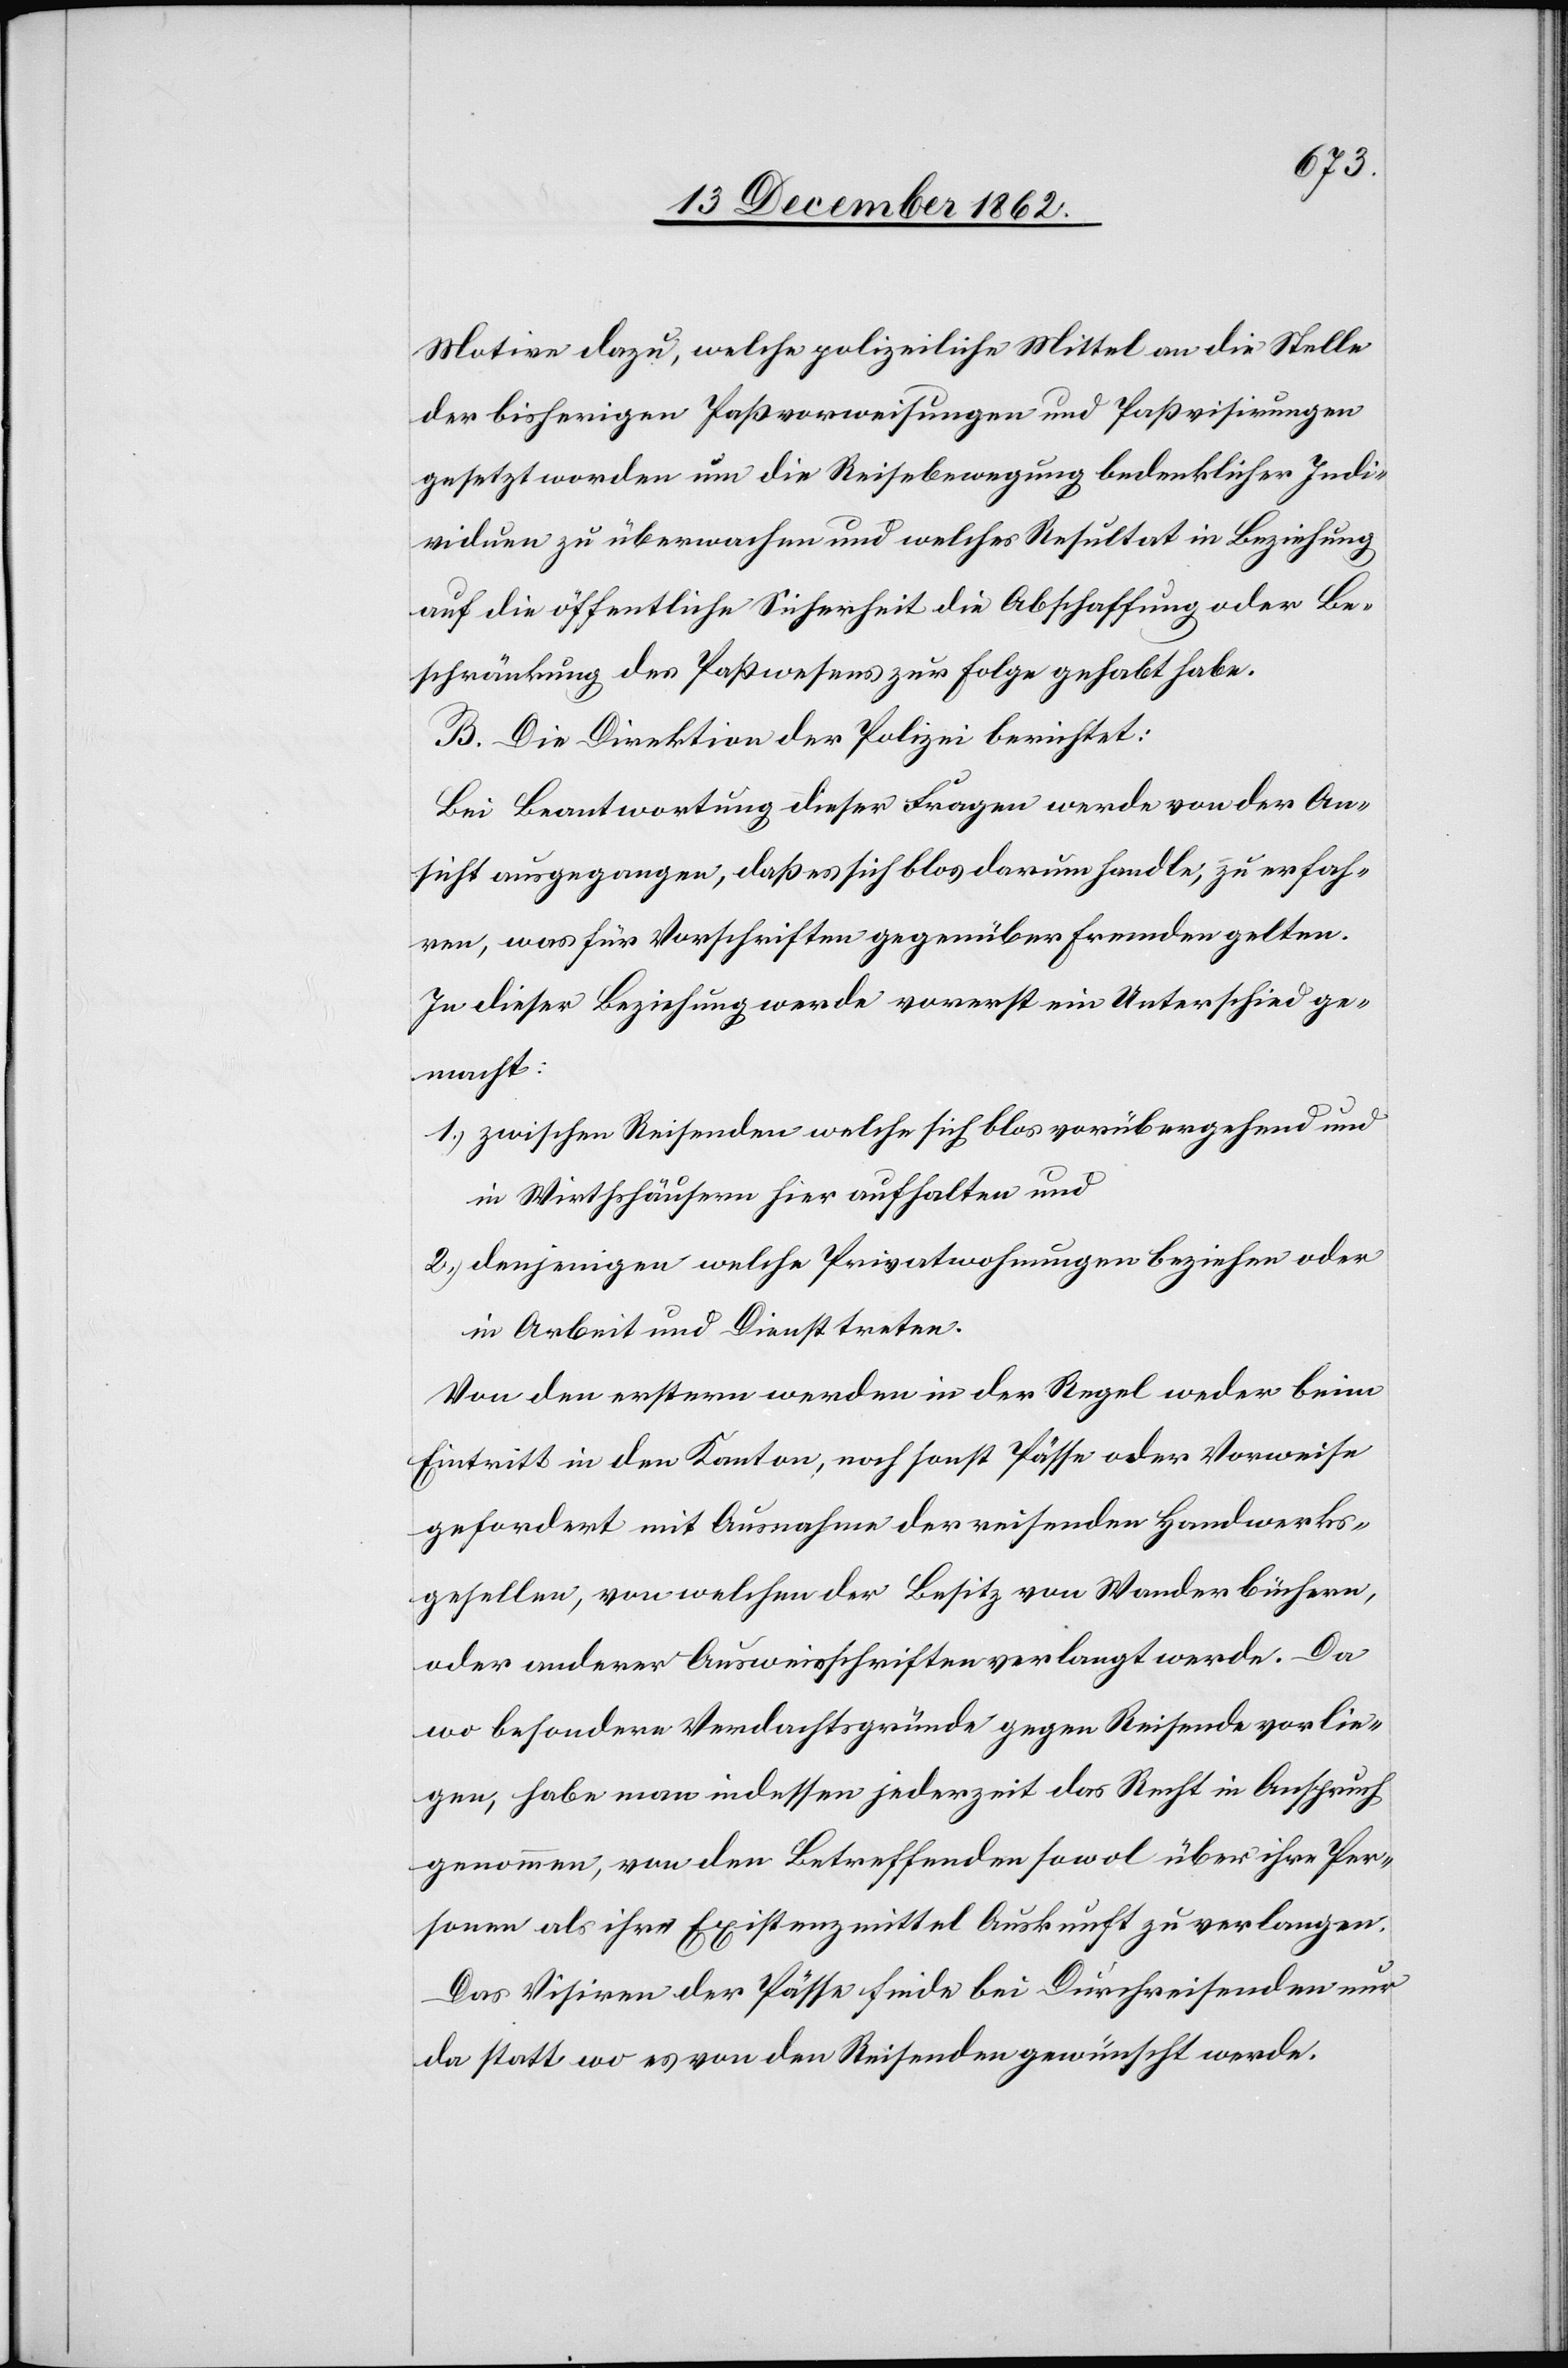
Motion dazu, welche polizeiliche Mittel an die Stelle
der bisherigen Paßvorweisungen und Paßvisirungen
gesetzt worden um die Reisebewegung bedenklicher Indi¬
viduen zu überwachen und welches Resultat in Beziehung
auf die öffentliche Sicherheit die Abschaffung oder Be¬
schränkung des Paßwesens zur Folge gehabt habe.
B. Die Direktion der Polizei berichtet:
Bei Beantwortung dieser Frage werde von der An¬
sicht ausgegangen, daß es sich blos darum handle, zu erfah¬
ren, was für Vorschriften gegenüber Fremden gelten.
In dieser Beziehung werde vorerst ein Unterschied ge¬
macht:
1.) zwischen Reisenden welche sich blos vorübergehend und
in Wirthshäusern hier aufhalten und
2.) denjenigen welche Privatwohnungen beziehen oder
in Arbeit und Dienst treten.
Von den erstern werden in der Regel weder beim
Eintritt in den Kanton, noch sonst Pässe oder Vorweise
gefordert mit Ausnahme der reisenden Handwerks¬
gesellen, von welchen der Besitz von Wanderbüchern,
oder anderer Ausweisschriften verlangt werde. Da
wo besondere Verdachtsgründe gegen Reisende vorlie¬
gen, habe man indessen jederzeit das Recht in Anspruch
genommen, von den Betreffenden sowol über ihre Per¬
sonen als ihre Existenzmittel Auskunft zu verlangen.
Das Visiren der Pässe finde bei Durchreisenden nur
da statt wo es von den Reisenden gewünscht werde.